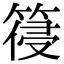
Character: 䈜